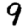
Digit: 9